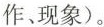
作现象)。